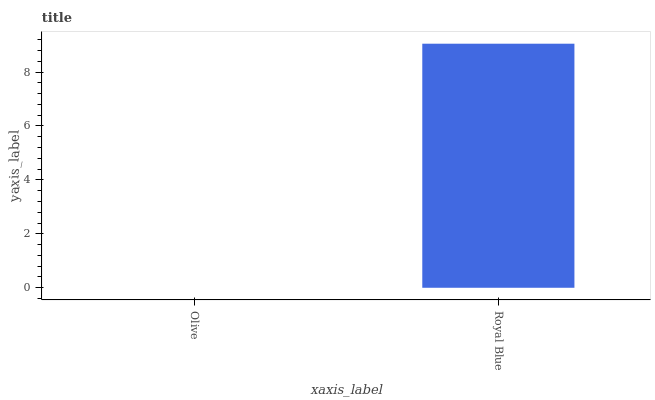
| xaxis_label | bars |
 | --- | --- |
 | Olive | 0 |
 | Royal Blue | 9.05 |